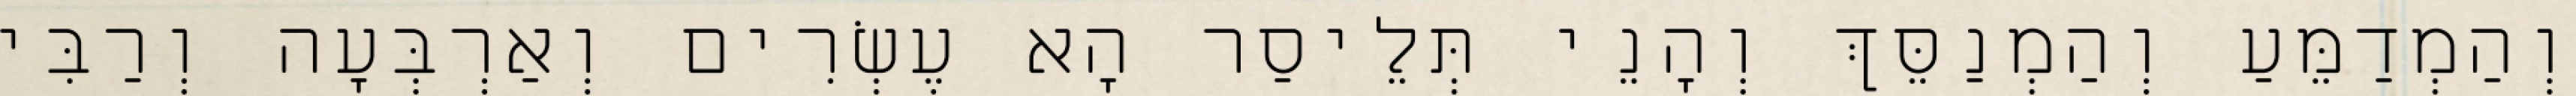
וְהַמְדַמֵּעַ וְהַמְנַסֵּךְ וְהָנֵי תְּלֵיסַר הָא עֶשְׂרִים וְאַרְבְּעָה וְרַבִּי